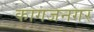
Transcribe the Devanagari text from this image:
कागजनगर